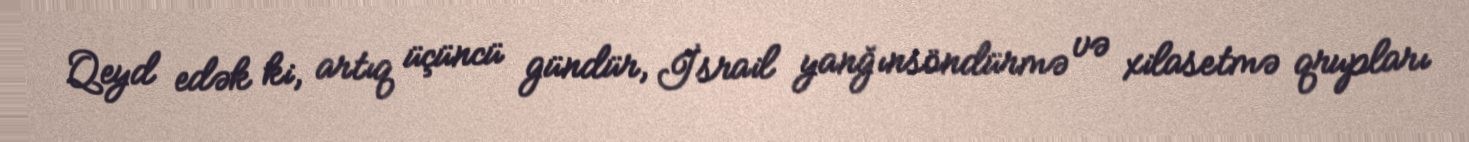
Qeyd edək ki, artıq üçüncü gündür, İsrail yanğınsöndürmə və xilasetmə qrupları